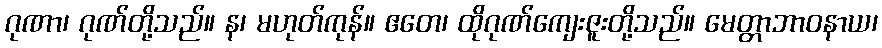
ဂုဏာ၊ ဂုဏ်တို့သည်။ န၊ မဟုတ်ကုန်။ ဧတေ၊ ထိုဂုဏ်ကျေးဇူးတို့သည်။ မေတ္တာဘာဝနာယ၊